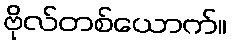
ဗိုလ်တစ်ယောက်။